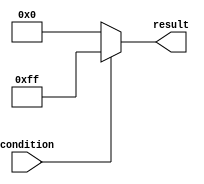
module conditional_assignment(
    input wire condition,
    output reg [7:0] result
);

always @*
begin
    if (condition)
        result = 8'hFF; // Assign 255 if condition is true
    else
        result = 8'h00; // Assign 0 if condition is false
end

endmodule